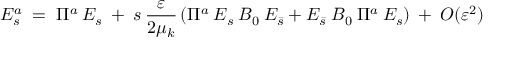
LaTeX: E _ { s } ^ { a } \; = \; \Pi ^ { a } \: E _ { s } \: + \: s \: \frac { \varepsilon } { 2 \mu _ { k } } \left( \Pi ^ { a } \: E _ { s } \: { \cal { B } } _ { 0 } \: E _ { \bar { s } } + E _ { \bar { s } } \: { \cal { B } } _ { 0 } \: \Pi ^ { a } \: E _ { s } \right) \: + \: { \cal { O } } ( \varepsilon ^ { 2 } )